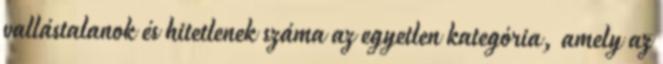
vallástalanok és hitetlenek száma az egyetlen kategória, amely az